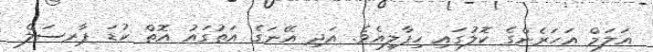
އަލަމް އަހަރެންގެ ކޮލުގައި ހިފާލިއެވެ. އަދި އޭނަގެ އަތުގައު އޮތް ކުޑަ ޕާރސަލް